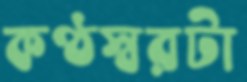
কণ্ঠস্বরটা